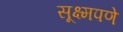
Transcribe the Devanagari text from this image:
सूक्ष्मपणे